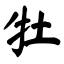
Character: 牡